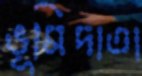
ভূমিদাতা